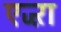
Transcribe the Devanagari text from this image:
एज्ऱा